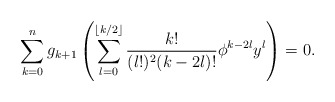
\begin{align*}\sum_{k=0}^{n} g_{k+1} \left( \sum_{l=0}^{\lfloor k/2 \rfloor} \frac{k!}{(l!)^2 (k-2l)!} \phi^{k-2l} y^l \right) = 0.\end{align*}